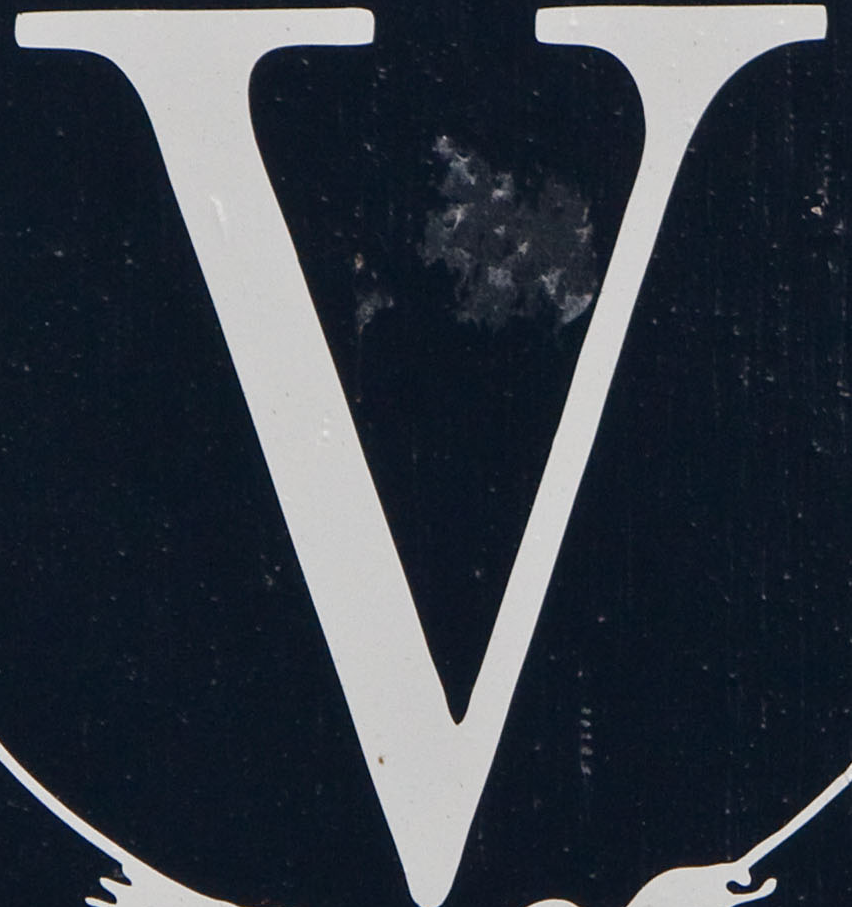
V